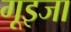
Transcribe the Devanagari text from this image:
गूइजा